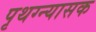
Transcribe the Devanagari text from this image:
पृथग्न्यासक